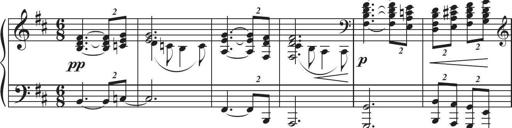
Title: Sonatina in D major
Composer: Shota Saitoh
Key: D major